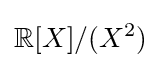
\mathbb {R} [X]/(X^{2})